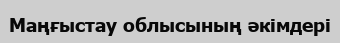
Маңғыстау облысының әкімдері